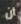
أن